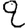
Digit: 2